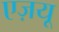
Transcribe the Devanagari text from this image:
एज़यू